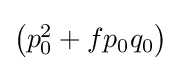
{\textstyle \left(p_{0}^{2}+fp_{0}q_{0}\right)}